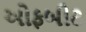
ઓફબીટ